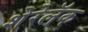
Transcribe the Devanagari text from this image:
शेरेलॅक